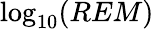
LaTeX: \log_{{10}}(REM)